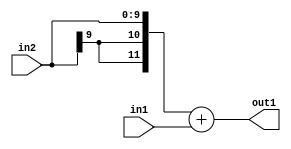
`timescale 1ps / 1ps
/*****************************************************************************
    Verilog RTL Description
    
    
    Created by: Stratus DpOpt 2019.1.01 
*******************************************************************************/

module DC_Filter_Add_10Sx10U_12S_1 (
	in2,
	in1,
	out1
	); /* architecture "behavioural" */ 
input [9:0] in2,
	in1;
output [11:0] out1;
wire [11:0] asc001;

assign asc001 = 
	+({{2{in2[9]}}, in2})
	+(in1);

assign out1 = asc001;
endmodule

/* CADENCE  ubDwQwg= : u9/ySgnWtBlWxVPRXgAZ4Og= ** DO NOT EDIT THIS LINE ******/